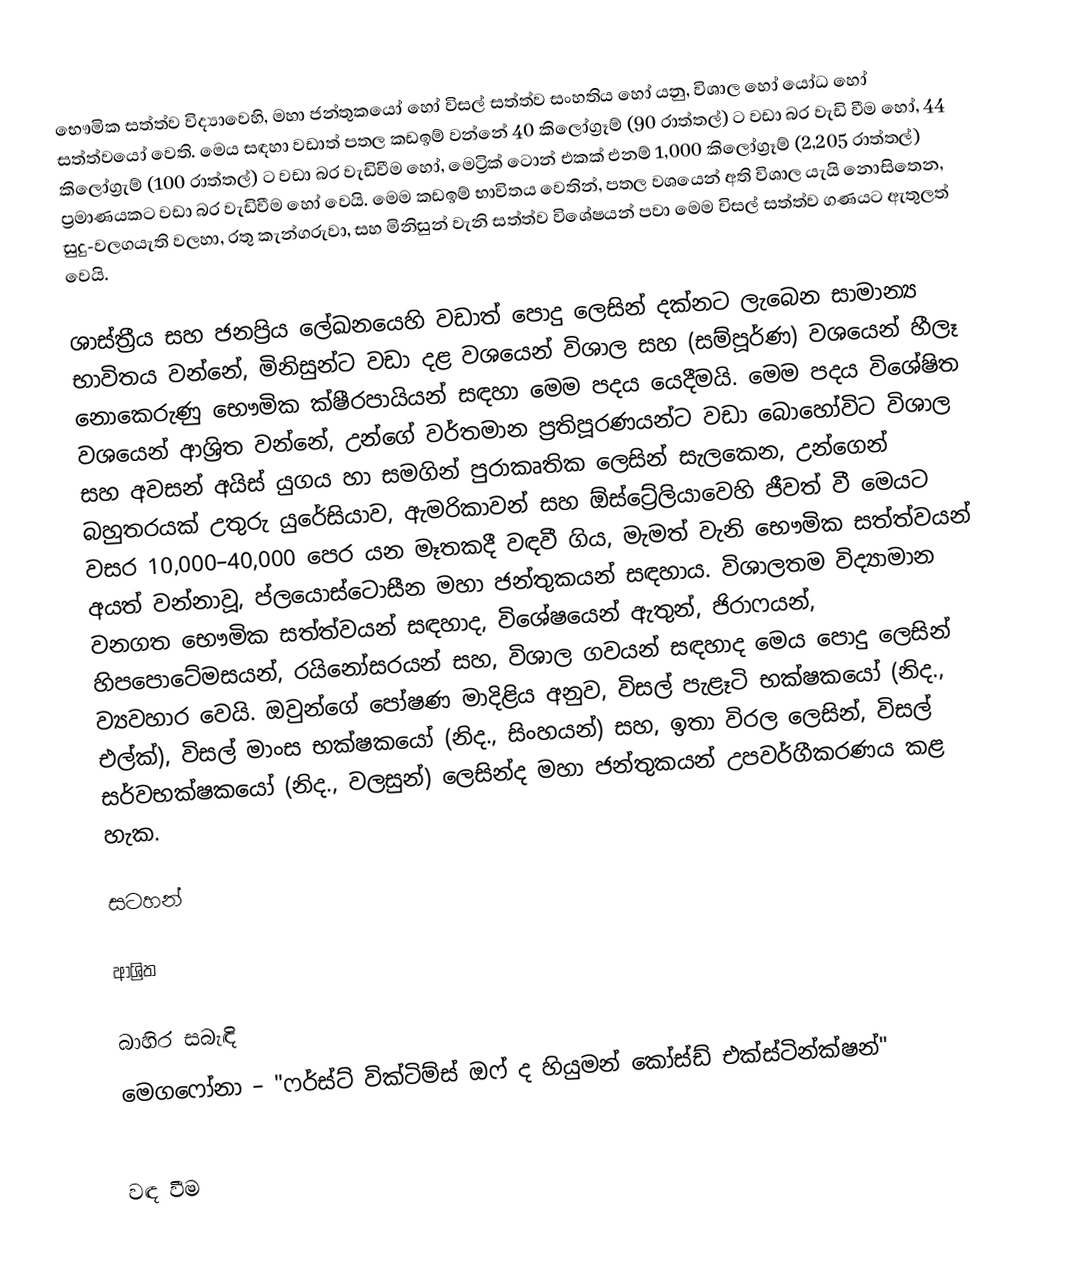
භෞමික සත්ත්ව විද්‍යාවෙහි, මහා ජන්තුකයෝ හෝ විසල් සත්ත්ව සංහතිය හෝ යනු, විශාල හෝ යෝධ හෝ සත්ත්වයෝ වෙති. මෙය සඳහා වඩාත් පතල කඩඉම් වන්නේ  40 කිලෝග්‍රෑම් (90 රාත්තල්) ට වඩා බර වැඩි වීම හෝ, 44 කිලෝග්‍රැම් (100 රාත්තල්) ට වඩා බර වැඩිවීම හෝ, මෙට්‍රික් ටොන් එකක් එනම් 1,000 කිලෝග්‍රෑම් (2,205 රාත්තල්) ප්‍රමාණයකට වඩා බර වැඩිවීම හෝ වෙයි.  මෙම කඩඉම් භාවිතය වෙතින්, පතල වශයෙන් අති විශාල යැයි නොසිතෙන,  සුදු-වලගයැති වලහා, රතු කැන්ගරුවා, සහ මිනිසුන් වැනි සත්ත්ව විශේෂයන් පවා මෙම විසල් සත්ත්ව ගණයට ඇතුලත් වෙයි.

ශාස්ත්‍රීය සහ ජනප්‍රිය ලේඛනයෙහි වඩාත් පොදු ලෙසින් දක්නට ලැබෙන සාමාන්‍ය භාවිතය වන්නේ, මිනිසුන්ට වඩා දළ වශයෙන් විශාල සහ (සම්පූර්ණ) වශයෙන් හීලෑ නොකෙරුණු භෞමික ක්ෂීරපායියන් සඳහා මෙම පදය යෙදීමයි. මෙම පදය විශේෂිත වශයෙන් ආශ්‍රිත වන්නේ, උන්ගේ වර්තමාන ප්‍රතිපූරණයන්ට වඩා බොහෝවිට විශාල සහ  අවසන් අයිස් යුගය හා සමගින් පුරාකෘතික ලෙසින් සැලකෙන,  උන්ගෙන් බහුතරයක් උතුරු යුරේසියාව, ඇමරිකාවන් සහ ඕස්ට්‍රේලියාවෙහි ජීවත් වී මෙයට වසර 10,000–40,000 පෙර යන මෑතකදී වඳවී ගිය,   මැමත් වැනි භෞමික සත්ත්වයන් අයත් වන්නාවූ,    ප්ලයොස්ටොසීන මහා ජන්තුකයන් සඳහාය.  විශාලතම විද්‍යාමාන වනගත භෞමික සත්ත්වයන් සඳහාද, විශේෂයෙන් ඇතුන්, ජිරාෆයන්, හිපපොටේමසයන්, රයිනෝසරයන් සහ, විශාල ගවයන් සඳහාද මෙය පොදු ලෙසින් ව්‍යවහාර වෙයි. ඔවුන්ගේ පෝෂණ මාදිළිය අනුව, විසල් පැළෑටි භක්ෂකයෝ (නිද., එල්ක්), විසල් මාංස භක්ෂකයෝ (නිද., සිංහයන්) සහ, ඉතා විරල ලෙසින්, විසල් සර්වභක්ෂකයෝ (නිද., වලසුන්) ලෙසින්ද මහා ජන්තුකයන් උපවර්ගීකරණය කළ හැක.

සටහන්

ආශ්‍රිත

බාහිර සබැඳි
 මෙගෆෝනා  – "ෆර්ස්ට් වික්ටිම්ස් ඔෆ් ද හියුමන් කෝස්ඩ් එක්ස්ටින්ක්ෂන්"

වඳ වීම